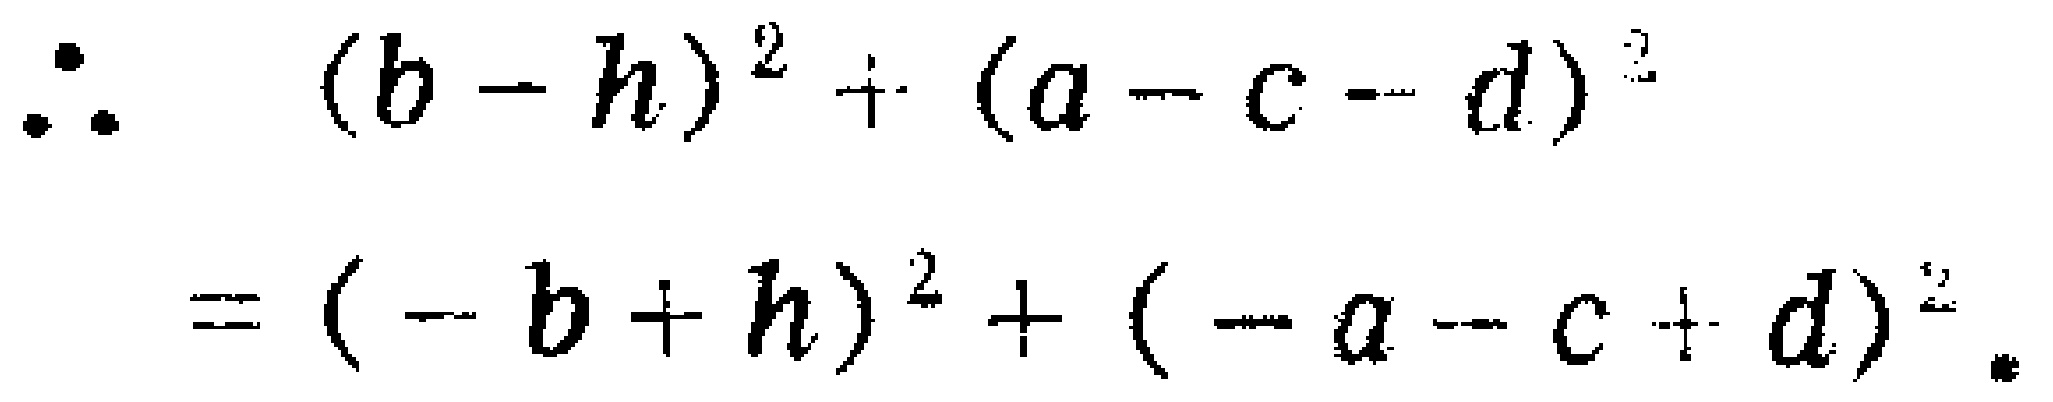
\(\therefore (b - h)^2+(a - c - d)^2\\=( - b + h)^2+( - a - c + d)^2\)